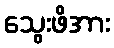
သွေးဖိအား